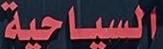
السیاحة